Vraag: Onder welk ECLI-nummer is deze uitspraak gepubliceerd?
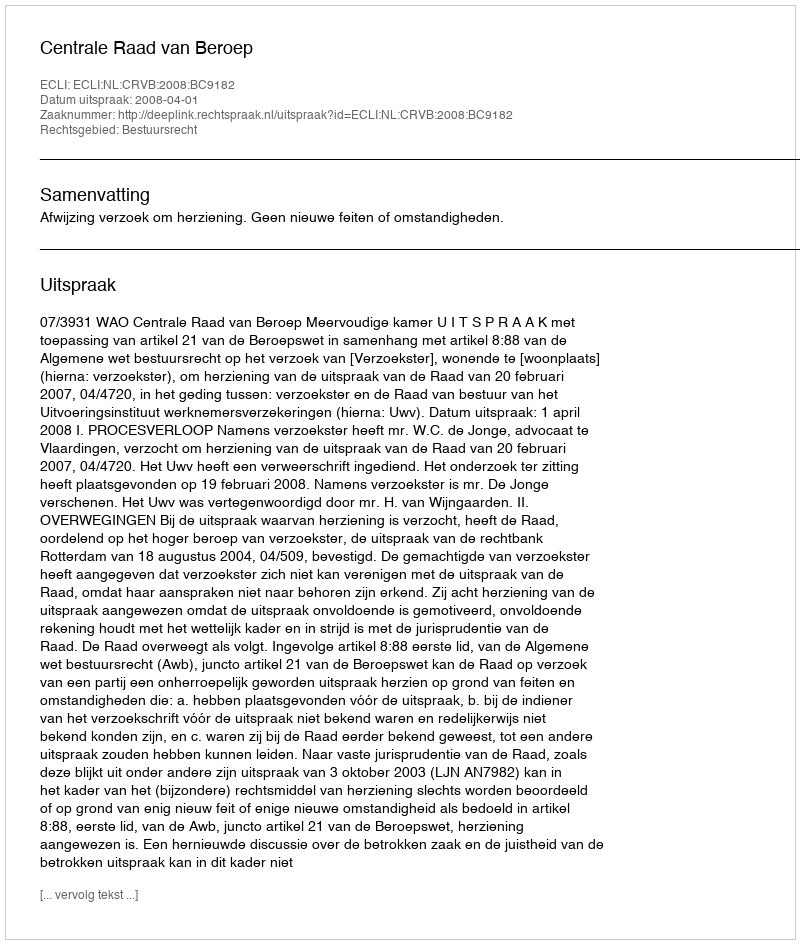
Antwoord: ECLI:NL:CRVB:2008:BC9182